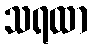
သရထာ